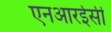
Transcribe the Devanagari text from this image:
एनआरईसी